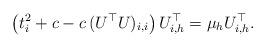
LaTeX: \begin{align*}\left( t_i^2 + c - c \, (U^\top U)_{i,i} \right) U^\top_{i,h} = \mu_h U^\top_{i,h}.\end{align*}